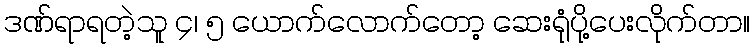
ဒဏ်ရာရတဲ့သူ ၄၊ ၅ ယောက်လောက်တော့ ဆေးရုံပို့ပေးလိုက်တာ။